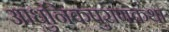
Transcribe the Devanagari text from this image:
आधुनिकपुराणकथा